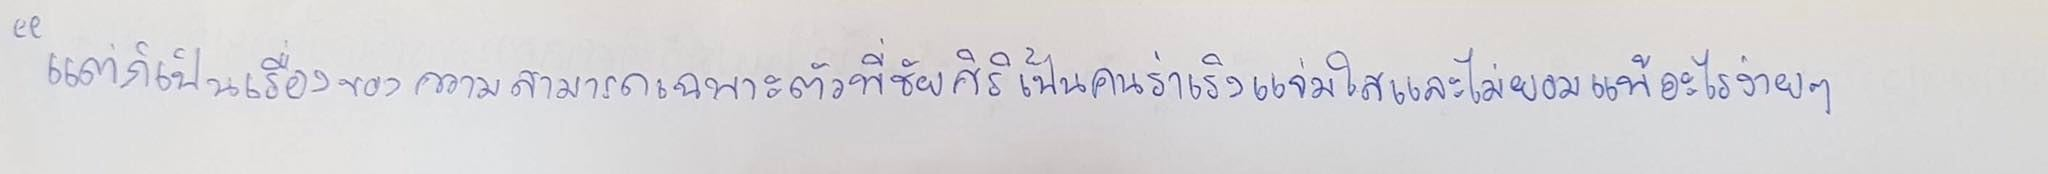
"แต่ก็เป็นเรื่องของความสามารถเฉพาะตัวพี่ชัยศิริเป็นคนที่ร่าเริงแจ่มใสและไม่ยอมแพ้อะไรง่ายๆ